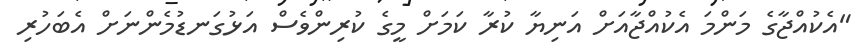
"އެކުއްޖާގެ މަންމަ އެކުއްޖާއަށް އަނިޔާ ކުރާ ކަމަށް މީގެ ކުރިންވެސް އަޅުގަނޑުމެންނަށް އެބަހުރި